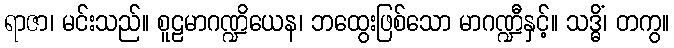
ရာဇာ၊ မင်းသည်။ စူဠမာဂဏ္ဍိယေန၊ ဘထွေးဖြစ်သော မာဂဏ္ဍီနှင့်။ သဒ္ဓိံ၊ တကွ။